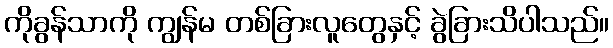
ကိုခွန်သာကို ကျွန်မ တစ်ခြားလူတွေနှင့် ခွဲခြားသိပါသည်။